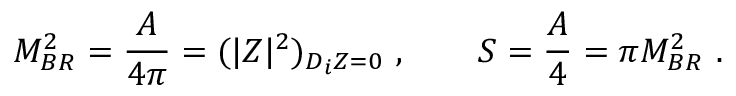
M _ { B R } ^ { 2 } = { \frac { A } { 4 \pi } } = ( | Z | ^ { 2 } ) _ { D _ { i } Z = 0 } \ , \qquad S = { \frac { A } { 4 } } = \pi M _ { B R } ^ { 2 } \ .